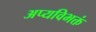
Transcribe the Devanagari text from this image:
अप्यविभक्तं